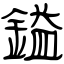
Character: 鎰